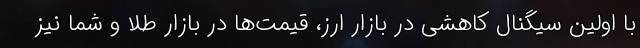
با اولین سیگنال کاهشی در بازار ارز، قیمت‌ها در بازار طلا و شما نیز